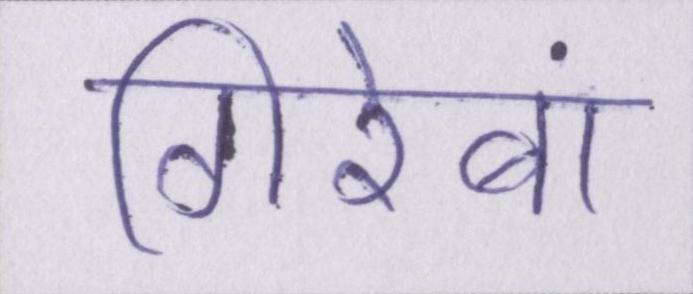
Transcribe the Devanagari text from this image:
गिरेबां